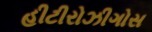
હીટીરોઝીગોસ